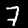
Label: 7